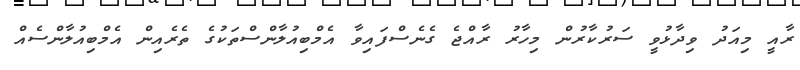
ރާއީ މިއަދު ވިދާޅުވީ ސަރުކާރުން މިހާރު ރާއްޖެ ގެނެސްފައިވާ އެމްބިއުލާންސްތަކުގެ ތެރެއިން އެމްބިއުލާންސެއް